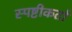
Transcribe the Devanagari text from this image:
स्पष्टीकर्ता